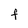
Character: F